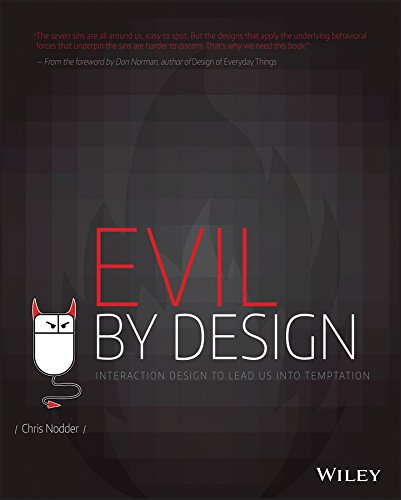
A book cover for Evil by Design: Interaction Design to Lead Us into Temptation; Chris Nodder; Computers & Technology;